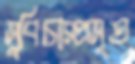
সুবিচারপ্রসূত